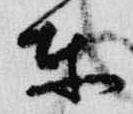
東